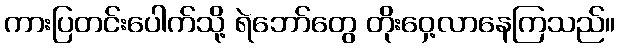
ကားပြတင်းပေါက်သို့ ရဲဘော်တွေ တိုးဝှေ့လာနေကြသည်။